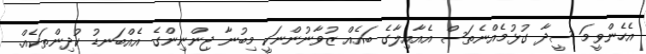
އެހެންވީމަ ސީދާ ގުޅުމެއްނެތަސް އެއާއިލާގެ ބައެއް ޒުވާނުންނަކީ މިބުނާ ޖިންނިންގެ އެއްބަނޑު ކުދިންތަކެއް.